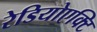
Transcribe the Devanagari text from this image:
रेडियोएक्टि